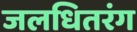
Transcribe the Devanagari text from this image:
जलधितरंग